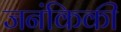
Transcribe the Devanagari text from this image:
जनंकिकी